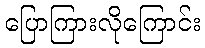
ပြောကြားလိုကြောင်း